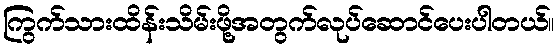
ကြွက်သားထိန်းသိမ်းဖို့အတွက်လုပ်ဆောင်ပေးပါတယ်။